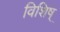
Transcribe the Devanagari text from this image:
विशिष्